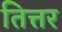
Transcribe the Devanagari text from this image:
तित्तर